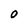
Character: 0